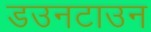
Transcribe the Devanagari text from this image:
डउनटाउन